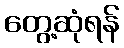
တွေ့ဆုံရန်